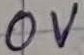
Text: 0V